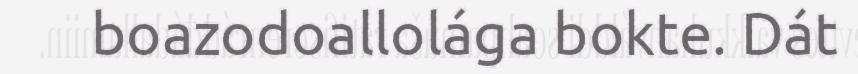
boazodoallolága bokte. Dát